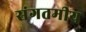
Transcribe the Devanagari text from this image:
संगतमीय